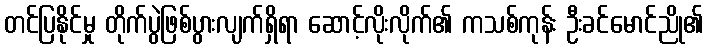
တင်ပြနိုင်မှု တိုက်ပွဲဖြစ်ပွားလျက်ရှိရာ ဆောင့်လိုးလိုက်၏ ကသစ်ကုန်း ဦးခင်မောင်ညို၏